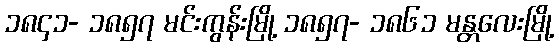
၁၈၄၁- ၁၈၅၇ မင်းကွန်းမြို့ ၁၈၅၇- ၁၈၆၁ မန္တလေးမြို့